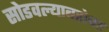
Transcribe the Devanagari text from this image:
सोडवल्याबरोबर